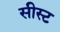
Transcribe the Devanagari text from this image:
सीस्ट